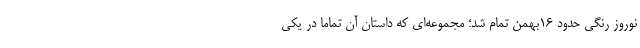
نوروز رنگی حدود ۱۶بهمن تمام شد؛ مجموعه‌ای که داستان آن تماما در یکی